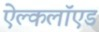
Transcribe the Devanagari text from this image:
ऐल्कलॉएड